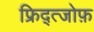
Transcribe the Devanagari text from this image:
फ्रिद्त्जोफ़